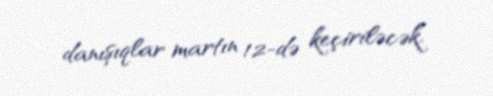
danışıqlar martın 12-də keçiriləcək.